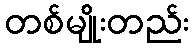
တစ်မျိုးတည်း